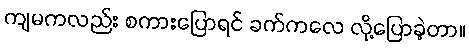
ကျမကလည်း စကားပြောရင် ခက်ကလေ လို့ပြောခဲ့တာ။